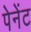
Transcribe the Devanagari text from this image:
पेनेंट